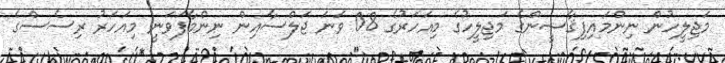
މަޖިލީހުން ނިންމައިފިޤާޟީންގެ މަޖިލީހުގެ މިއަހަރުގެ 08 ވަނަ ޖަލްސާއިން ނިންމާފަވަނީ މިއަހަރު ރިސެސްގެ